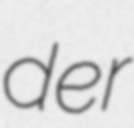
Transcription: der